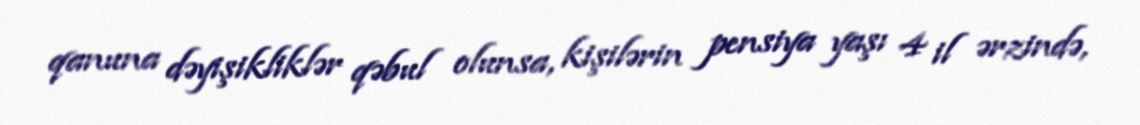
qanuna dəyişikliklər qəbul olunsa, kişilərin pensiya yaşı 4 il ərzində,